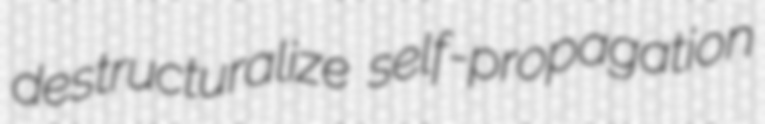
destructuralize self-propagation